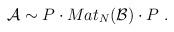
LaTeX: \begin{align*}{\cal A} \sim P \cdot Mat_N({\cal B})\cdot P\,\,.\end{align*}